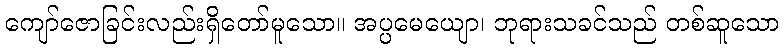
ကျော်ဇောခြင်းလည်းရှိတော်မူသော။ အပ္ပမေယျော၊ ဘုရားသခင်သည် တစ်ဆူသော